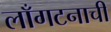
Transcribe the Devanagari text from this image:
लाँगटनाची